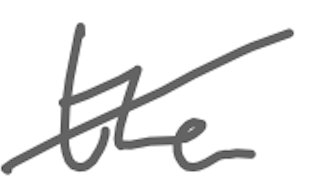
Text: the
Cross-out: diagonal
Writing tool: digital_gray